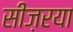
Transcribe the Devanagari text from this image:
सीज़रया